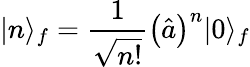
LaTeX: |n\rangle_{f}=\frac{1}{\sqrt{n!}}\left(\hat{a}\right)^{n}|0\rangle_{f}